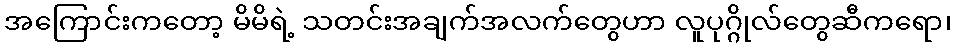
အကြောင်းကတော့ မိမိရဲ့ သတင်းအချက်အလက်တွေဟာ လူပုဂ္ဂိုလ်တွေဆီကရော၊